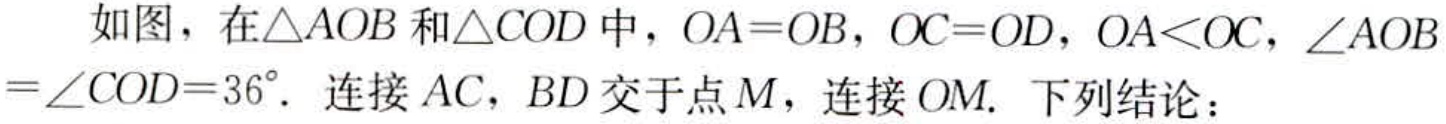
如图，在\(\triangle AOB\)和\(\triangle COD\)中，\(OA = OB\)，\(OC = OD\)，\(OA<OC\)，\(\angle AOB=\angle COD = 36^{\circ}\). 连接\(AC\)，\(BD\)交于点\(M\)，连接\(OM\). 下列结论：